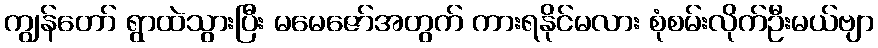
ကျွန်တော် ရွာထဲသွားပြီး မမေဇော်အတွက် ကားရနိုင်မလား စုံစမ်းလိုက်ဦးမယ်ဗျာ